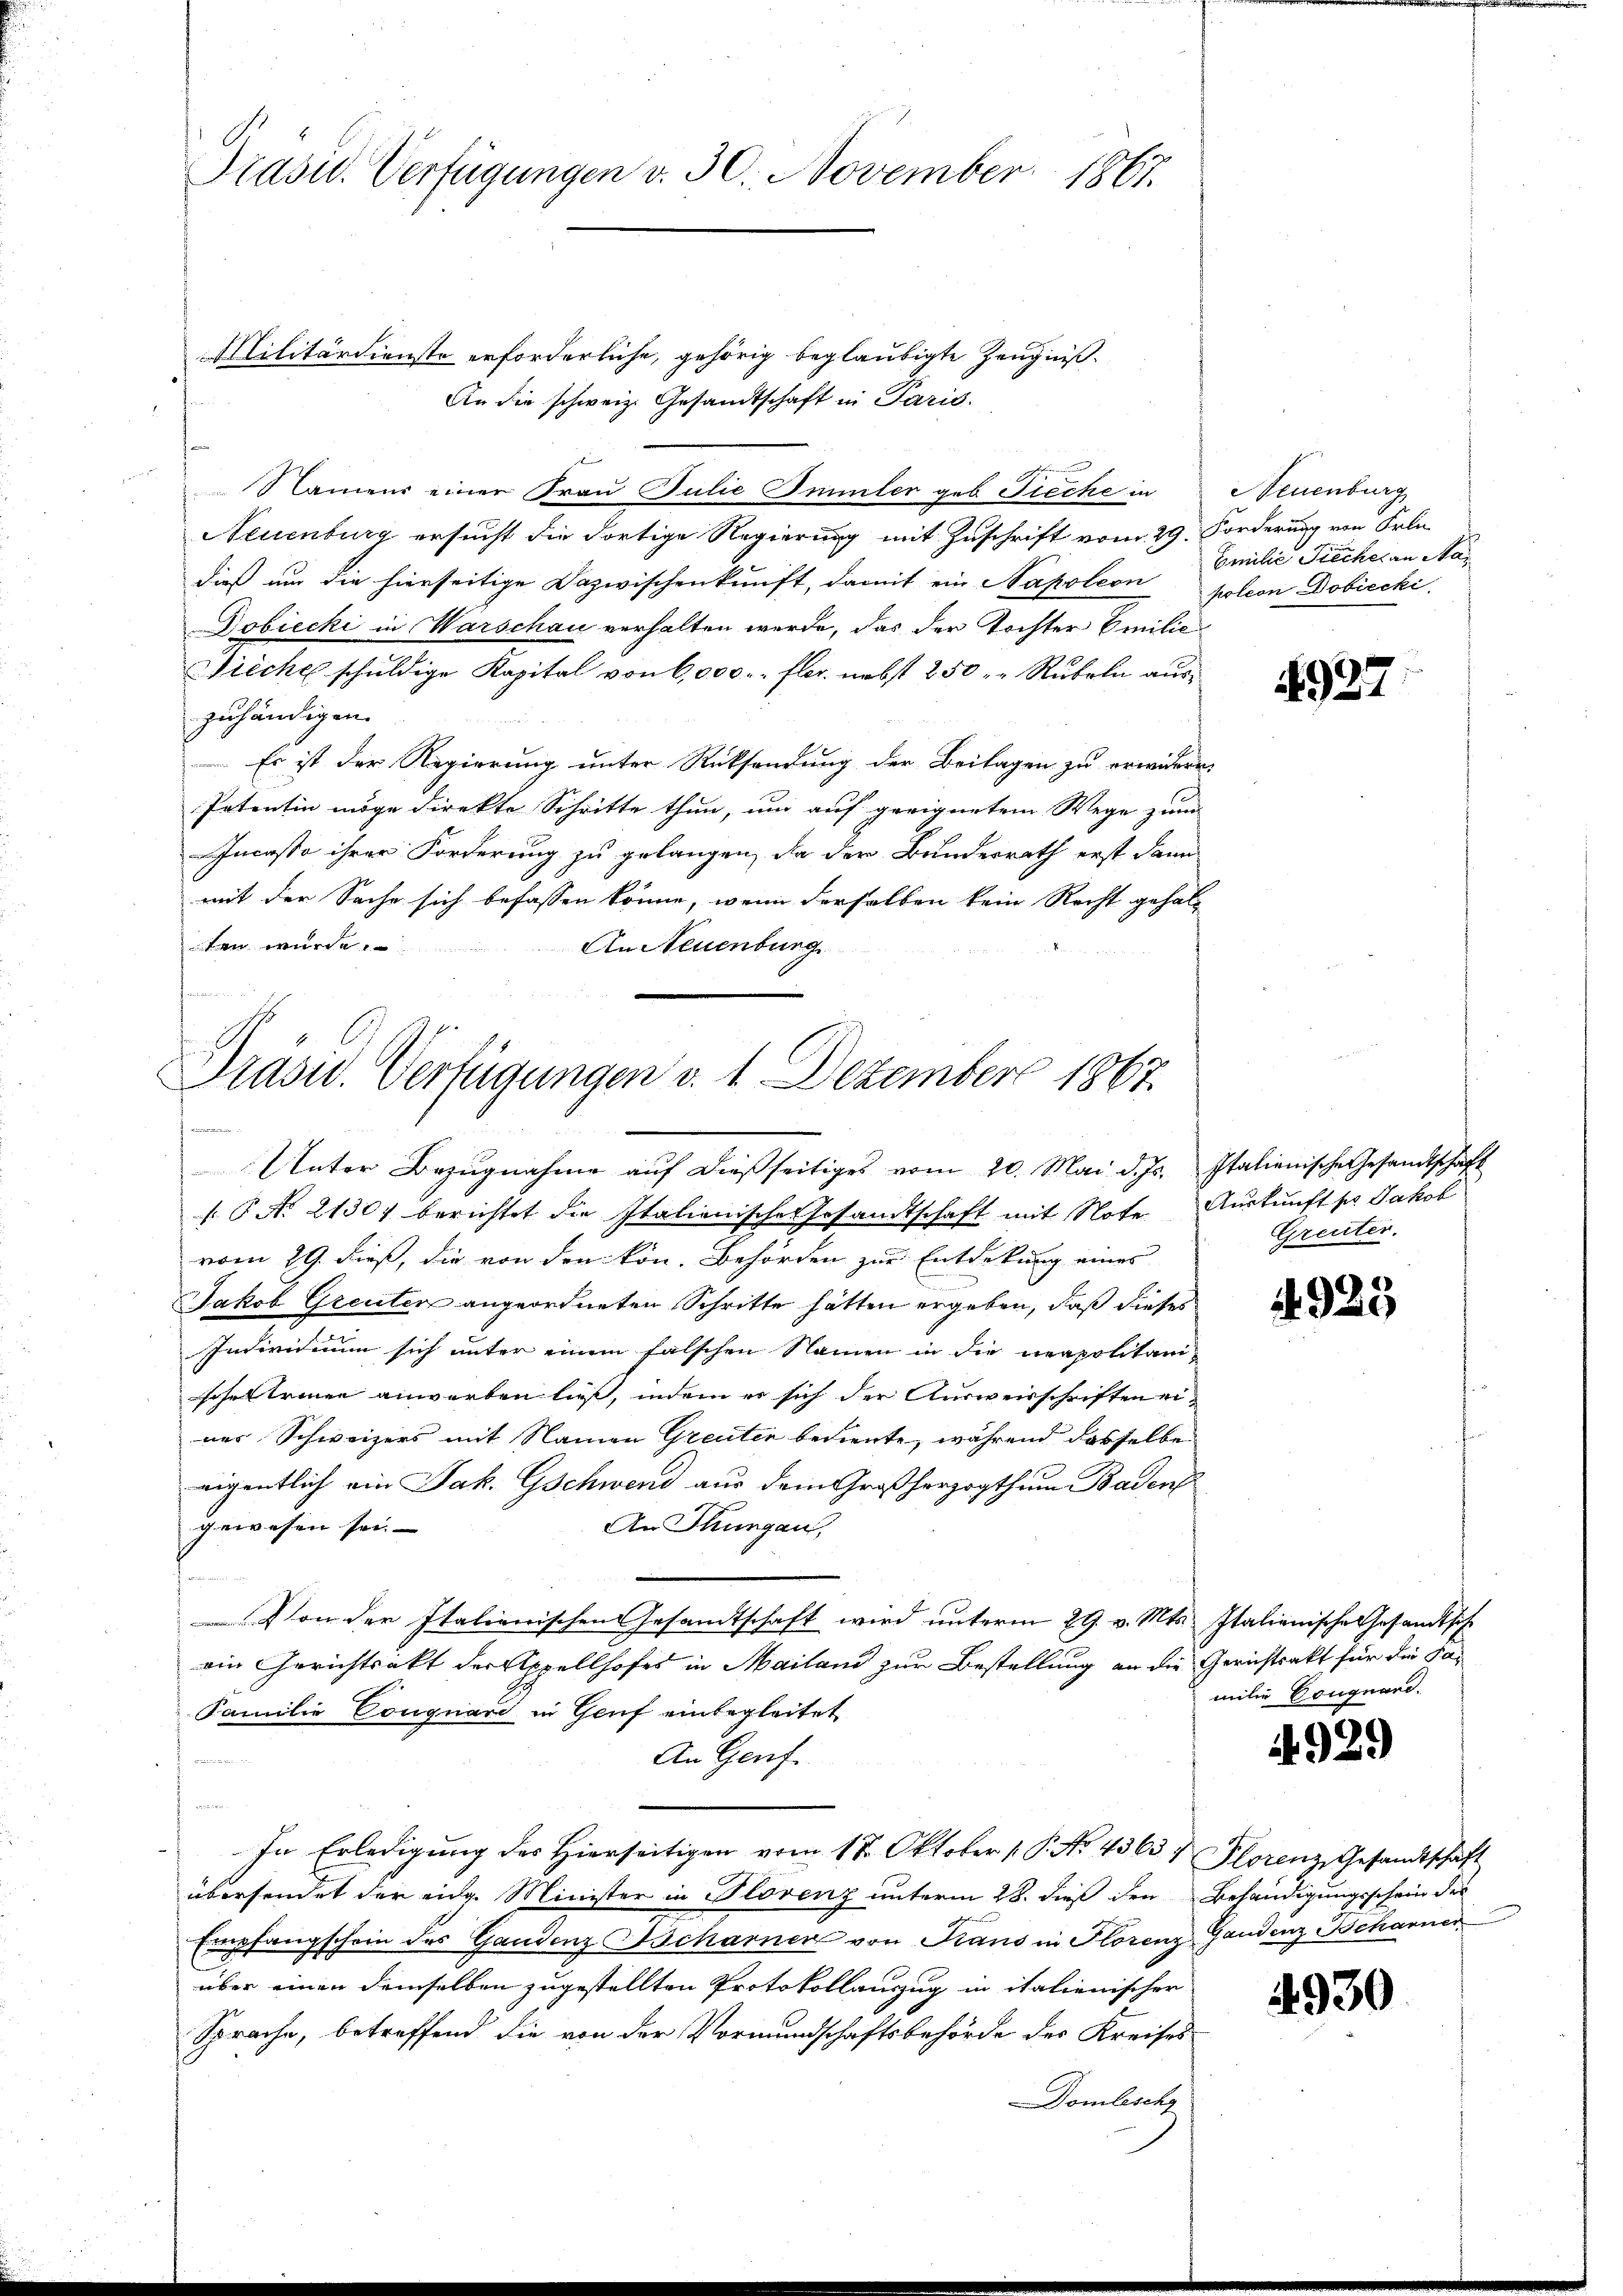
Präsid.. Verfügungen v. 30. November 1867.

Militärdienste erforderliche, gehörig beglaubigte Zeugniß.
An die schweiz. Gesandtschaft in Paris.
Namens einer Frau Julie Immler geb. Fieche in Neuenburg
Neuenburg ersucht die dortige Regierung mit Zuschrift vom 29. Forderung von Frl.
dieß um die hierseitige Dazwischenkunft, damit ein Napoleon poleon Dobiecki,
Dobiecki in Warschau verhalten werde, das der Tochter Emilie
Sieche schŭldige Kapital von 6,000. flor nebst 250 - " Rubeln auszuhändigen.
Es ist der Regierung unter Rücksendung der Beilagen zu erwiderr
Patentin möge direkte Schritte thun, um auf geeignetem Wege zum
Incasse ihrer Forderung zu gelangen, da der Bundesrath erst dann
mit der Sache sich befassen könne, wenn derselben kein Recht gehal-
ten wurde.
An Neuenburg

Präsid.. Verfügungen v. 1. Dezember 1867.
Eromanier
Unter Bezŭgnahme aŭf dießseitiges vom 20. Mai d. Js. Italienische Gesandtschaft

No. 21307 berichtet die Italienisches Gesandtschaft mit Note Auskunft pr. Jakob
vom 29. dieß, die von den kön. Behörden zur Entdekung eines
Jakob Greuten angeordneten Schritte hätten ergeben, daß dieses
Individium sich unter einem falschen Namen in die neapolitari-
sche einen anwerben ließ, indem er sich der Ausweisschriften einer Schweizers mit Namen Greuter bediente, während dasselbe
eigentlich ein Jak. Gschwend aus dem Großherzogthum Badens
gewesen sei- |
An Thurgau,
Von der Italienischen Gesandtschaft wird unterm 29. v. Mts. Italienische Gesandtsch
ein Gerichtsakt der Appellhofes in Mailand zur Bestellung an die Gerichtsakt für die Par
Familie Couquard in Genf einbegleitet
An Genf.

In Erledigung des Hierseitigen vom 18. Oktober P. No. 4363 & Florenz, Gesandtschaft
übersendet der eidg. Minister in Florenz unterm 28. dieß den Behändigungsschein des
Empfangschein des Gandenz Scharner von Trans in Florenz Gandenz Behanner
über einen demselben zugestellten Protokollauszug in italienischer
Sprache, betreffend die von der Vormundschaftsbehörde des Kreises
Domlische

Emilie Tiecher an Na¬

927

Greuter.

4925

milie Bouquand.

4929

4930